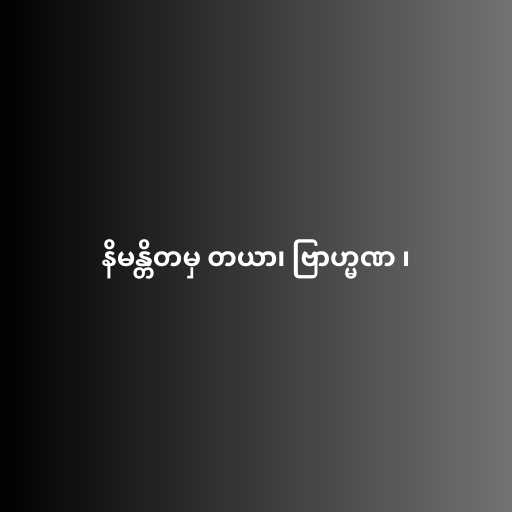
နိမန္တိတမှ တယာ၊ ဗြာဟ္မဏ ၊